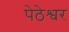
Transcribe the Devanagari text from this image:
पेठेश्वर